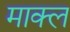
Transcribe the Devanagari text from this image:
माक्ल